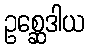
ဥစ္ဆေဒါယ